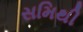
સમિથી